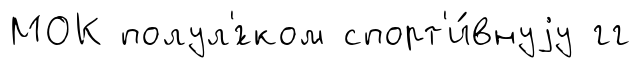
МОК полул'́гком спорт'и́внуjу гг